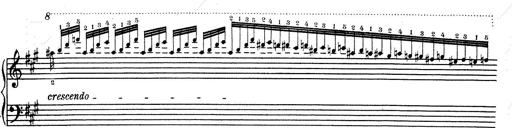
Title: RÃ©miniscences de Don Juan
Composer: Franz Liszt